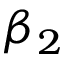
\beta _ { 2 }